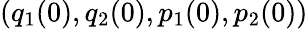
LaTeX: (q_{1}(0),q_{2}(0),p_{1}(0),p_{2}(0))